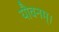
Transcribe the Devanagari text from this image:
यौवनम्।